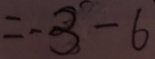
= - 3 - 6